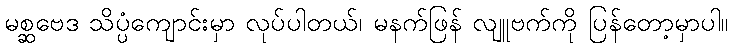
မစ္ဆဗေဒ သိပ္ပံကျောင်းမှာ လုပ်ပါတယ်၊ မနက်ဖြန် လျူဗက်ကို ပြန်တော့မှာပါ။